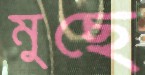
মুছে